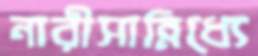
নারীসান্নিধ্যে